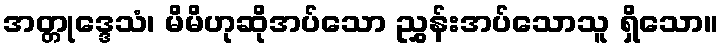
အတ္တုဒ္ဒေသံ၊ မိမိဟုဆိုအပ်သော ညွှန်းအပ်သောသူ ရှိသော။